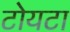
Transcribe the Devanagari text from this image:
टोयटा